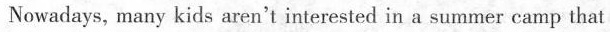
Nowadays, many kids aren't interested in a summer camp that